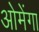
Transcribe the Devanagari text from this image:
ओमेंगा